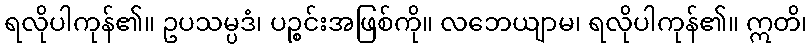
ရလိုပါကုန်၏။ ဥပသမ္ပဒံ၊ ပဉ္စင်းအဖြစ်ကို။ လဘေယျာမ၊ ရလိုပါကုန်၏။ ဣတိ၊